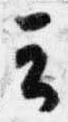
云